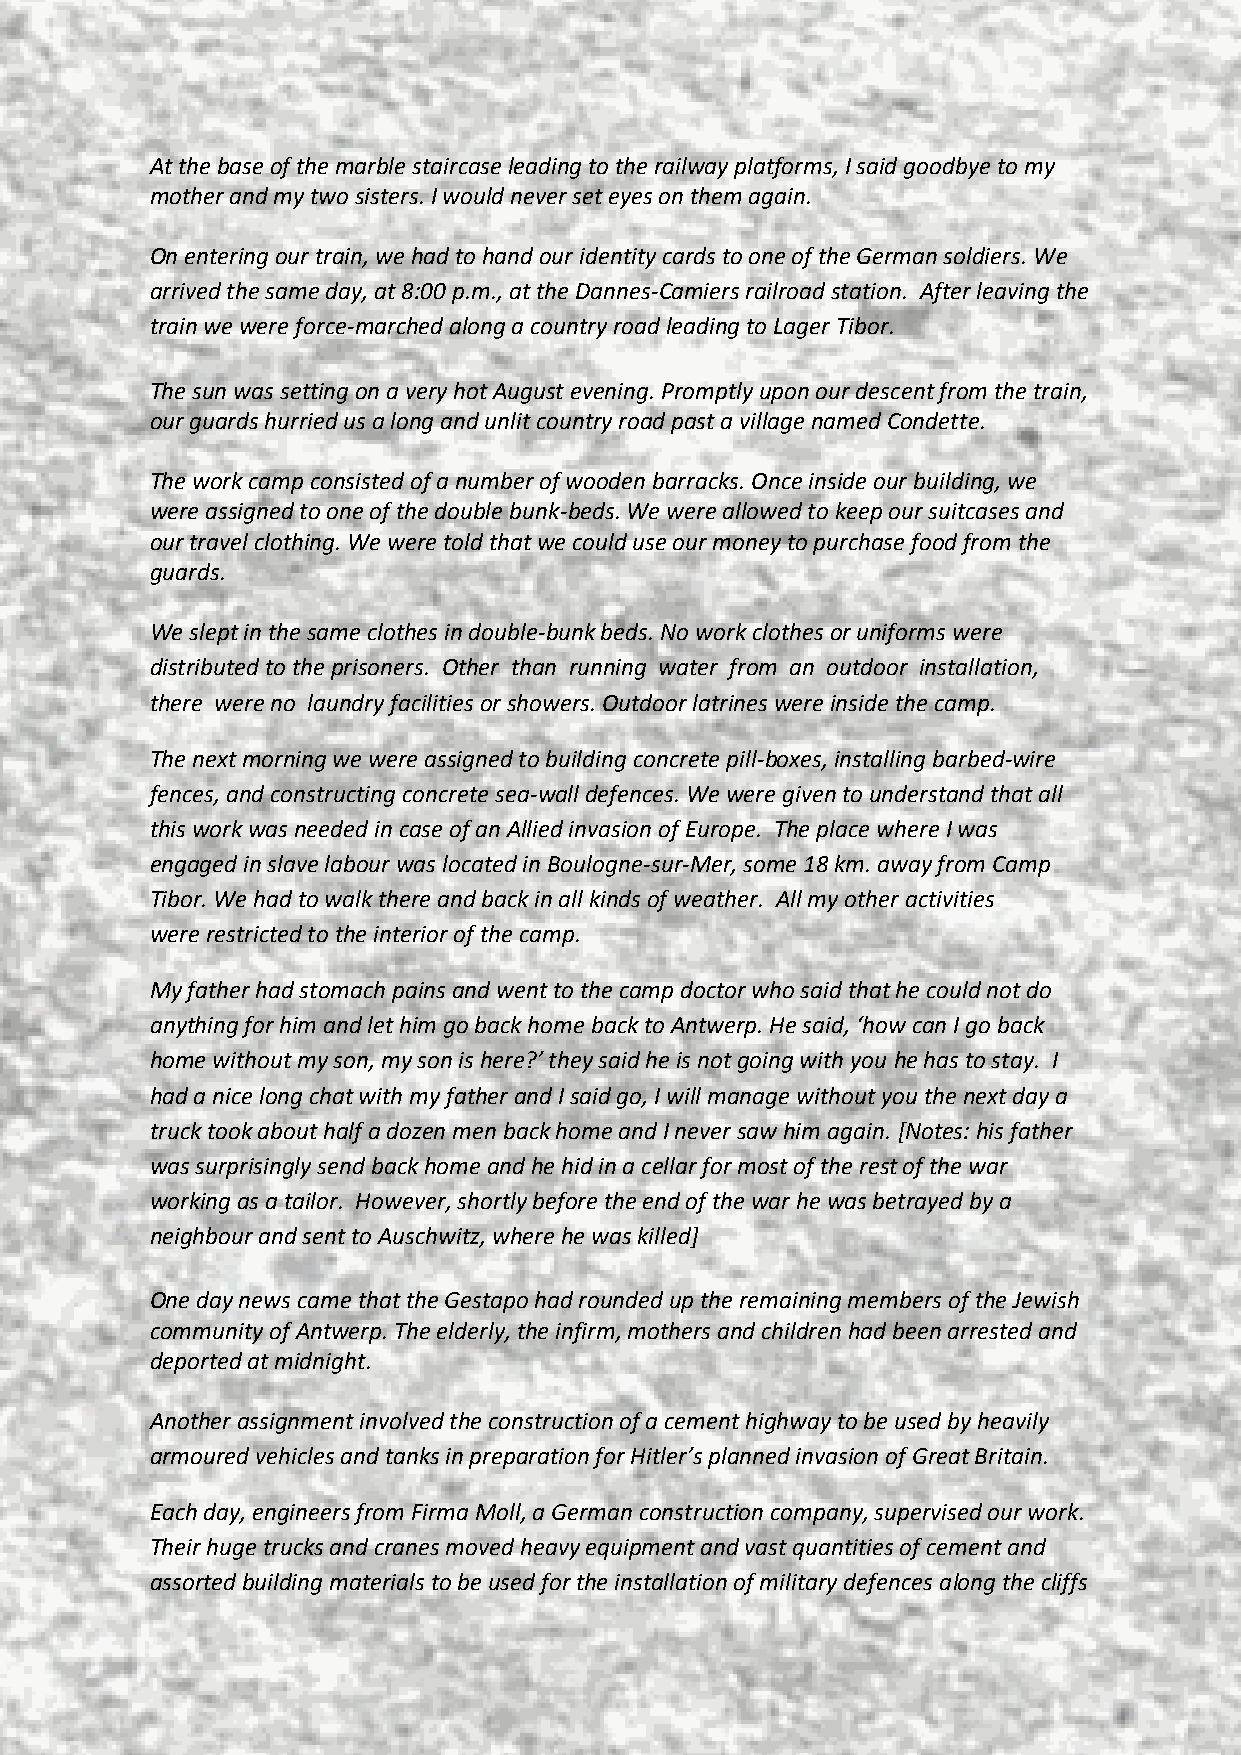
At the base of the marble staircase leading to the railway platforms, I said goodbye to my
 mother and my two sisters. I would never set eyes on them again.
 On entering our train, we had to hand our identity cards to one of the German soldiers. We
 arrived the same day, at 8:00 p.m., at the Dannes-Camiers railroad station. After leaving the
 train we were force-marched along a country road leading to Lager Tibor.
 The sun was setting on a very hot August evening. Promptly upon our descent from the train,
 our guards hurried us a long and unlit country road past a village named Condette.
 The work camp consisted of a number of wooden barracks. Once inside our building, we
 were assigned to one of the double bunk-beds. We were allowed to keep our suitcases and
 our travel clothing. We were told that we could use our money to purchase food from the
 guards.
 We slept in the same clothes in double-bunk beds. No work clothes or uniforms were
 distributed to the prisoners. Other than running water from an outdoor installation,
 there were no laundry facilities or showers. Outdoor latrines were inside the camp.
 The next morning we were assigned to building concrete pill-boxes, installing barbed-wire
 fences, and constructing concrete sea-wall defences. We were given to understand that all
 this work was needed in case of an Allied invasion of Europe. The place where I was
 engaged in slave labour was located in Boulogne-sur-Mer, some 18 km. away from Camp
 Tibor. We had to walk there and back in all kinds of weather. All my other activities
 were restricted to the interior of the camp.
 My father had stomach pains and went to the camp doctor who said that he could not do
 anything for him and let him go back home back to Antwerp. He said, ‘how can I go back
 home without my son, my son is here?’ they said he is not going with you he has to stay. I
 had a nice long chat with my father and I said go, I will manage without you the next day a
 truck took about half a dozen men back home and I never saw him again. [Notes: his father
 was surprisingly send back home and he hid in a cellar for most of the rest of the war
 working as a tailor. However, shortly before the end of the war he was betrayed by a
 neighbour and sent to Auschwitz, where he was killed]
 One day news came that the Gestapo had rounded up the remaining members of the Jewish
 community of Antwerp. The elderly, the infirm, mothers and children had been arrested and
 deported at midnight.
 Another assignment involved the construction of a cement highway to be used by heavily
 armoured vehicles and tanks in preparation for Hitler’s planned invasion of Great Britain.
 Each day, engineers from Firma Moll, a German construction company, supervised our work.
 Their huge trucks and cranes moved heavy equipment and vast quantities of cement and
 assorted building materials to be used for the installation of military defences along the cliffs